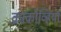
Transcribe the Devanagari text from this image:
क्राकोव्हिया